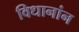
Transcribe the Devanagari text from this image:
विधानांन